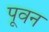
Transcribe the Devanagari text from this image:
पूवन